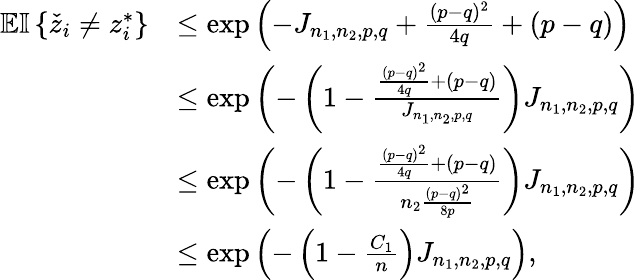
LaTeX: \begin{array}{rl}{\mathbb{E}{\mathbb{I}\left\{ {\check{z}_{i}\neq z_{i}^{*}}\right\} }}&{\leq\exp\left(-J_{n_{1},n_{2},p,q}+\frac{(p-q)^{2}}{4q}+(p-q)\right)}\\ &{\leq\exp\left(-\left(1-\frac{\frac{(p-q)^{2}}{4q}+(p-q)}{J_{n_{1},n_{2},p,q}}\right)J_{n_{1},n_{2},p,q}\right)}\\ &{\leq\exp\left(-\left(1-\frac{\frac{(p-q)^{2}}{4q}+(p-q)}{n_{2}\frac{(p-q)^{2}}{8p}}\right)J_{n_{1},n_{2},p,q}\right)}\\ &{\leq\exp\left(-\left(1-\frac{C_{1}}{n}\right)J_{n_{1},n_{2},p,q}\right),}\end{array}